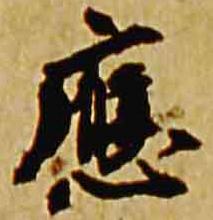
応